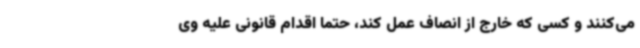
می‌کنند و کسی که خارج از انصاف عمل کند، حتما اقدام قانونی علیه وی